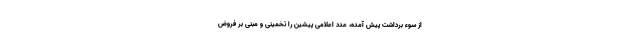
از سوء برداشت پیش آمده، عدد اعلامی پیشین را تخمینی و مبنی بر فروض